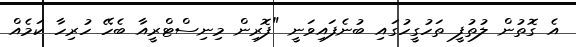
އެ ގޮތުން ލުތުފީ ތަހުގީހުގައި ބުނެފައިވަނީ "ފޮރިން މިނިސްޓްރީއާ ބެހޭ ހުރިހާ ކަމެއް